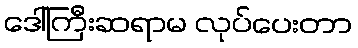
ဒေါ်ကြီးဆရာမ လုပ်ပေးတာ